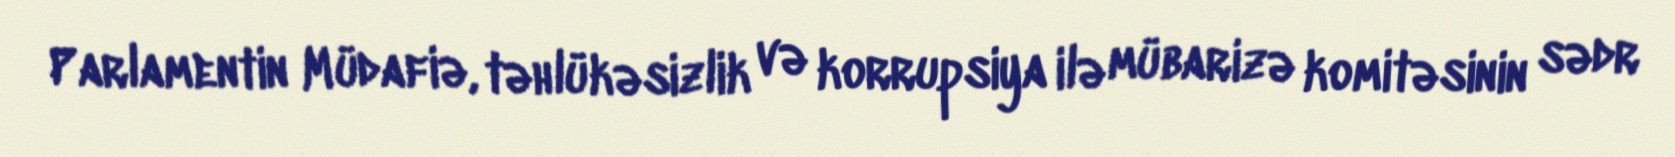
Parlamentin Müdafiə, təhlükəsizlik və korrupsiya ilə mübarizə komitəsinin sədr